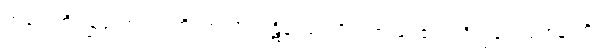
ကရောဟိ၊ ပြုလော။ ဣတိ၊ ဤသို့။ ပဋိဝေဒေသိ၊ ကြားပေ၏။ ဘိက္ခဝေ၊ ရဟန်းတို့။